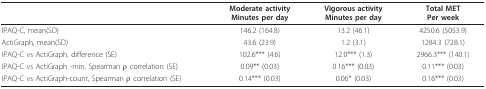
<table><thead><tr><td></td><td><b>Moderate activityMinutes per day</b></td><td><b>Vigorous activityMinutes per day</b></td><td><b>Total METPer week</b></td></tr></thead><tbody><tr><td>IPAQ-C, mean(SD)</td><td>146.2 (164.8)</td><td>13.2 (46.1)</td><td>4250.6 (5053.9)</td></tr><tr><td>ActiGraph, mean(SD)</td><td>43.6 (23.9)</td><td>1.2 (3.1)</td><td>1284.3 (728.1)</td></tr><tr><td>IPAQ-C vs ActiGraph, difference (SE)</td><td>102.6*** (4.6)</td><td>12.0*** (1.3)</td><td>2966.3*** (140.1)</td></tr><tr><td>IPAQ-C vs ActiGraph -min, Spearman ρ correlation (SE)</td><td>0.09** (0.03)</td><td>0.16*** (0.03)</td><td>0.11*** (0.03)</td></tr><tr><td>IPAQ-C vs ActiGraph-count, Spearman ρ correlation (SE)</td><td>0.14*** (0.03)</td><td>0.06* (0.03)</td><td>0.16*** (0.03)</td></tr></tbody></table>